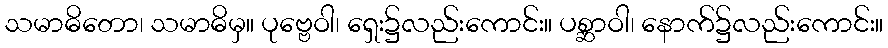
သမာဓိတော၊ သမာဓိမှ။ ပုဗ္ဗေဝါ၊ ရှေး၌လည်းကောင်း။ ပစ္ဆာဝါ၊ နောက်၌လည်းကောင်း။